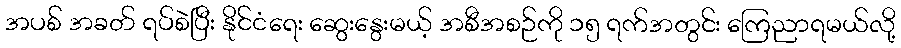
အပစ် အခတ် ရပ်စဲပြီး နိုင်ငံရေး ဆွေးနွေးမယ့် အစီအစဉ်ကို ၁၅ ရက်အတွင်း ကြေညာရမယ်လို့